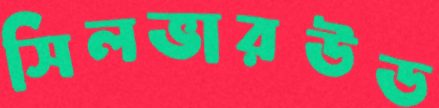
সিলভারউড